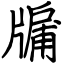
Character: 牖